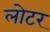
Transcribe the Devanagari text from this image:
लोटर